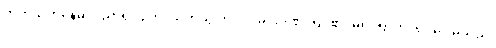
တက်သက်နေမိ၊ ပညာရှိလျက်၊ သတိယွင်းလပ်၊ မင်းဒဏ်ကြပ်၏၊ မရပ်ရာဘိ၊ ရပ်မှားမိသည်၊